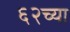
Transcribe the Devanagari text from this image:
६२च्या